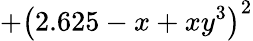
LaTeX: +\left(2.625-x+xy^{3}\right)^{2}